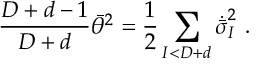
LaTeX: { \frac { D + d - 1 } { D + d } } \bar { \theta } ^ { 2 } = { \frac { 1 } { 2 } } \sum _ { I < D + d } \dot { \bar { \sigma } } _ { I } ^ { 2 } \ .